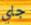
جاي